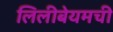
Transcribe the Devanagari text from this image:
लिलीबेयमची